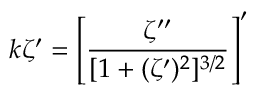
k \zeta ^ { \prime } = \left[ \frac { \zeta ^ { \prime \prime } } { [ 1 + ( \zeta ^ { \prime } ) ^ { 2 } ] ^ { 3 / 2 } } \right] ^ { \prime }